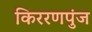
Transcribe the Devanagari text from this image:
किररणपुंज